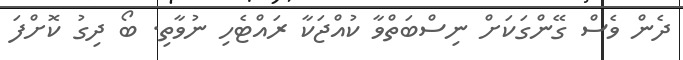
ދެން ވެސް ގޭންގަކަށް ނިސްބަތްވާ ކުއްޖަކާ ރައްޓެހި ނުވާތި. ބޯ ދިގު ކޮށްފަ